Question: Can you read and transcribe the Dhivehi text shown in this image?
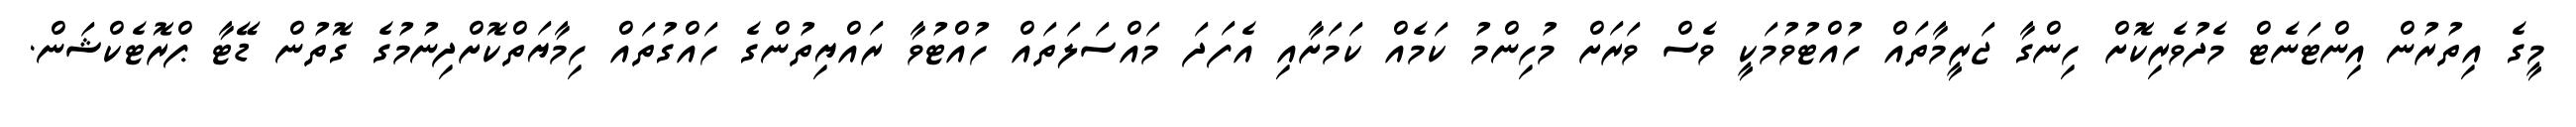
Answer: މީގެ އިތުރުން އިންޓަނެޓް މެދުވެރިކޮށް ހިންގާ ޖަރީމާތައް ހުއްޓުވުމަކީ ވެސް ވަރަށް މުހިންމު ކަމެއް ކަމަށާއި އެފަދަ މައްސަލަތައް ހުއްޓުވާ ރައްޔިތުންގެ ހައްގުތައް ހިމާޔަތްކޮށްދިނުމުގެ ގޮތުން ޑޭޓާ ޕްރޮޓެކްޝަން.